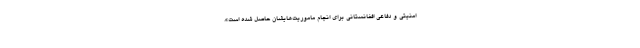
امنیتی و دفاعی افغانستانی برای انجام ماموریت‌هایشان حاصل شده است».